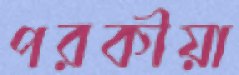
পরকীয়া